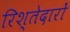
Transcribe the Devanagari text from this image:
रिश्‍तेदारों